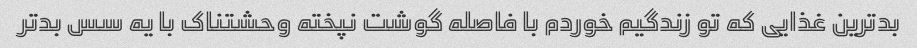
بدترین غذایی که تو زندگیم خوردم با فاصله گوشت نپخته وحشتناک با یه سس بد‌تر